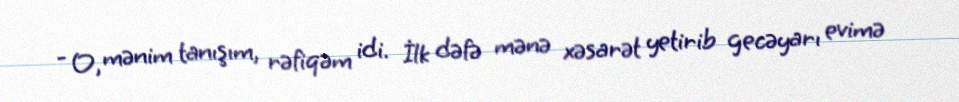
- O, mənim tanışım, rəfiqəm idi. İlk dəfə mənə xəsarət yetirib gecəyarı evimə